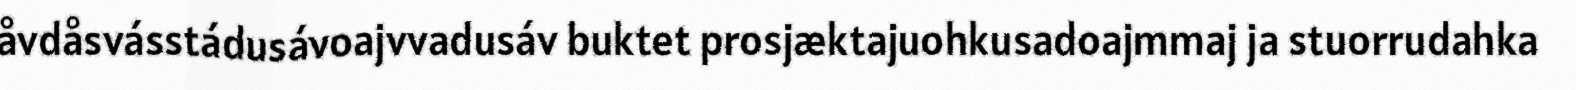
åvdåsvásstádusávoajvvadusáv buktet prosjæktajuohkusadoajmmaj ja stuorrudahka